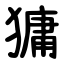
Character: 㺎